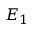
E _ { 1 }